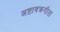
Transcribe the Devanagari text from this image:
अष्टावक्रगीता